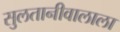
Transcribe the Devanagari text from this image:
सुलतानीवालाला